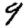
Digit: 9